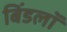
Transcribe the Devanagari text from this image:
बिंडलॉ